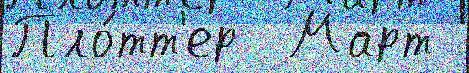
Пло́тт'ер  Март